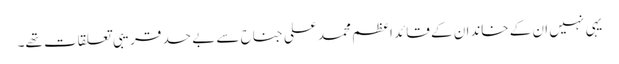
یہی نہیں ان کے خاندان کے قائد اعظم محمد علی جناح سے بے حد قریبی تعلقات تھے۔